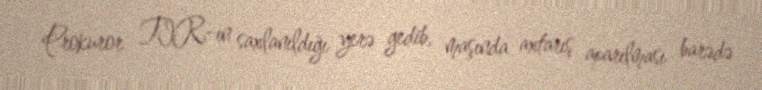
Prokuror TIR-ın saxlanıldığı yerə gedib, maşında axtarış aparılması barədə